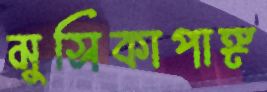
মুসিকাপাঙ্গ